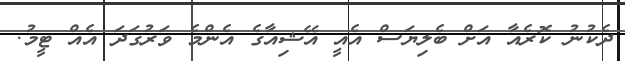
ދެކުނު ކޮރެއާ އަށް ބެލިޔަސް އެއީ އޭޝިއާގެ އެންމެ ވަރުގަދަ އެއް ޓީމު.